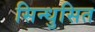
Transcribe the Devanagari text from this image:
सिन्धुसित